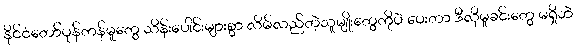
နိုင်ငံတော်ပုန်ကန်မူတွေ သိန်းပေါင်းများစွာ လိမ်လည်တဲ့သူမျိုးတွေကိုပဲ ပေးတာ ဒီလိုမှုခင်းတွေ မရှိဘဲ